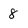
Character: 8